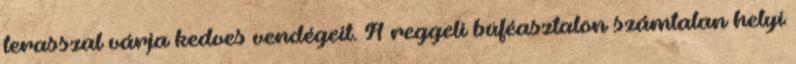
terasszal várja kedves vendégeit. A reggeli büféasztalon számtalan helyi